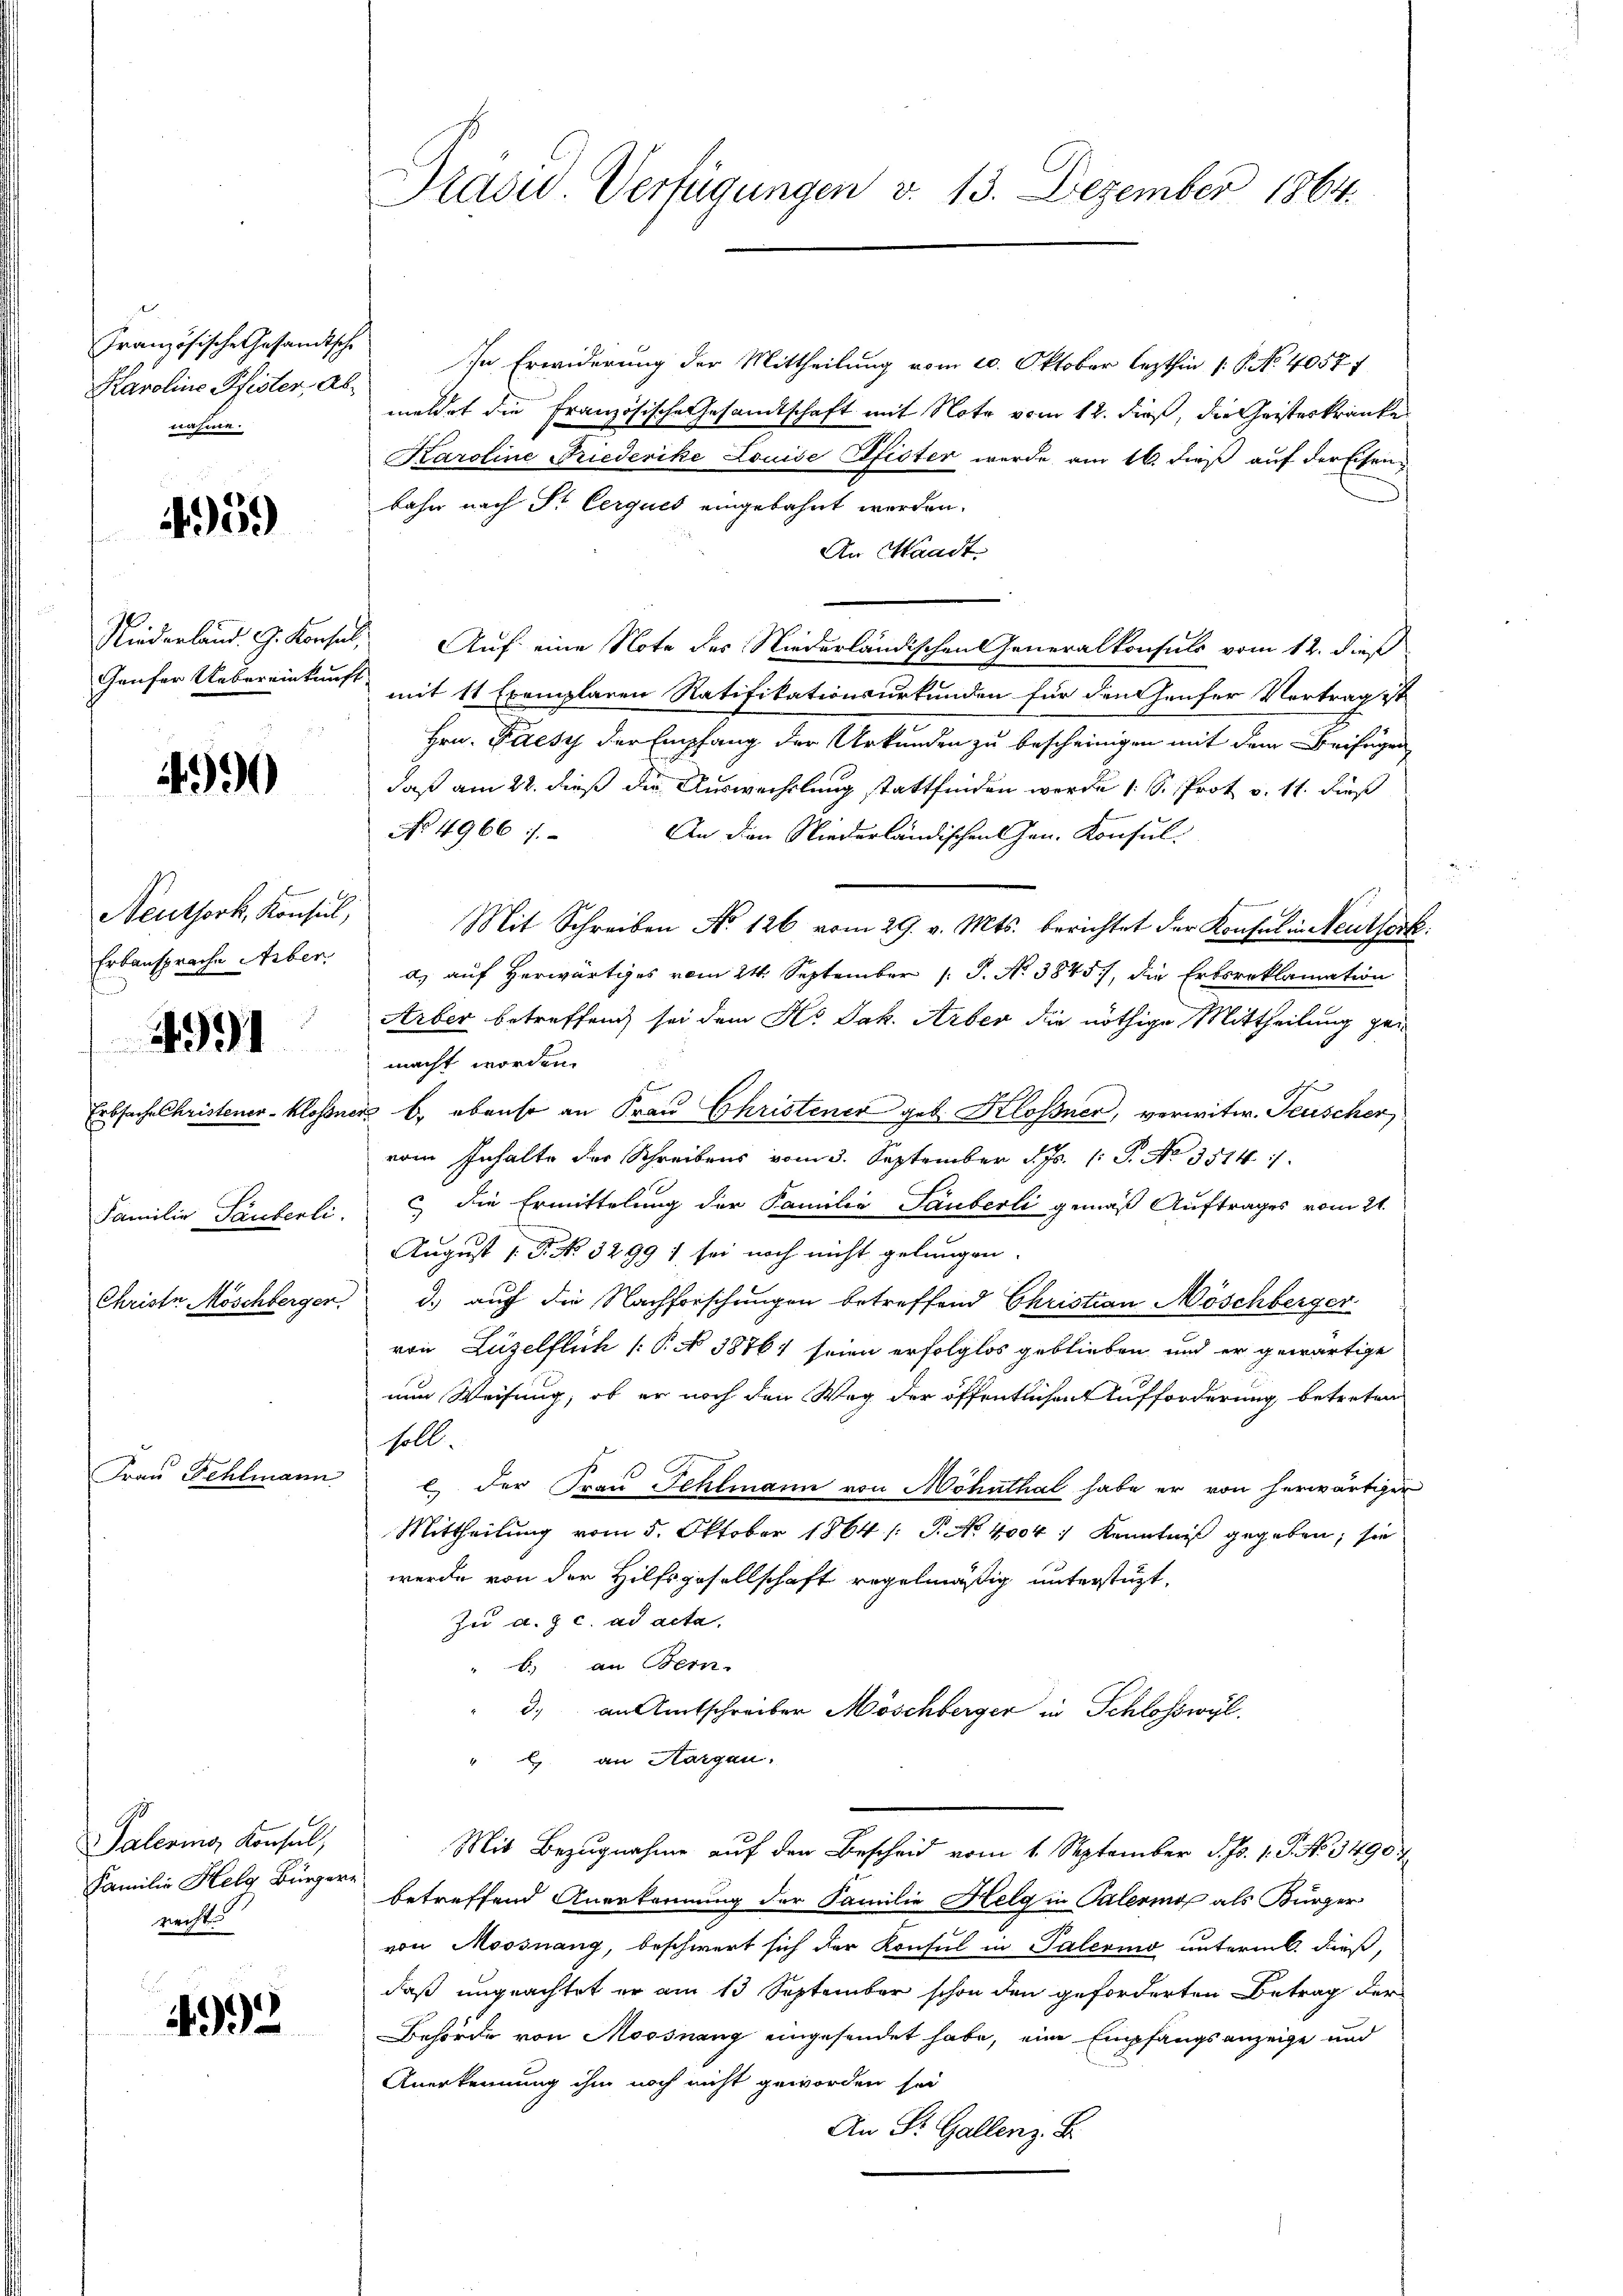
Französische Gesandtsche
Karoline Pfister, Abnähme.

959)

Niederland. G. Konsul,
Haufer Uebereinkunft

1990

Neuthork, Konsul,
Erbansprache Aeber.
Erbsache Christener Klosse
Familie Tauberli
Christe Möschberger

991

Frau Fehlmann

Palering Konsul,
Familie Helg Bürgere
necht.

.
4992

Präsid. Verfügungen v. 13. Dezember 1864.

In Erwiderung der Mittheilung vom 20. Oktober lezthin 1. P. N. 40577
meldet die Französische Gesandtschaft mit Note vom 12. dieß, die Geisteskranke
Karoline Friederike Louise Pfister wurde am 16. dieß auf der Eisenbahn nach St. Cerques eingebahnt worden.
An Waadt
Auf eine Note des Niederländischen Generalkonsuls vom 12. dieß
mit 11 Exemplaren Ratifikationsurkunden für den Haufer Vortrag ist
Hrn. Fuesy der Empfang der Urkunden zu bescheinigen mit dem Beifügen
daß am 22. dieß die Auswechslung stattfinden werden 1 S. Prot. d. 11. Fuß
No 4966/
An den Niederländischen Gen. Konsul-
Mit Schreiben No 126 vom 29. v. Mts. berichtet der Konsul in Neuthork
a) auf Herwärtiges vom 24. September 1 P. No 3845), die Erbsreklamation
Arber betreffend sei dem Hs. Jak. Arber die nöthige Mittheilung gemacht worden.
 b.) ebenso an Frau Christenen geb. Klossner, verwitw. Teuscher
vom Inhalte der Schreibens vom 3. September d. Js. (: P. No. 3514/
c die Ermittelung der Familie Tauberli gemäß Auftrages vom 21.
August 1 Fr. No. 32997 sei noch nicht gelungen.
d.) auch die Nachforschungen betreffend Christian Möschberger
von Luzelflich P. N. 3876; seien erfolglos geblieben und er gewärtige
nun Weisung, ob er noch den Weg der öffentlichen Aufforderung betreten
soll.
.
l der Frau Fehlmann von Möhnthal habe er von herwärtiger
Mittheilung vom 5. Oktober 1864 /: P. No 4004: Kenntniß gegeben; sie
werde von der Hilfsgesellschaft regelmäßig unterstüzt,
Zu a. c. ad acta.
 b) an Bern.
3) an Amtschreiber Möschberger in Schloßwyl,
" an Horgen.
Mit Bezugnahme auf den Bescheid vom 1. September d. Js. 1. P. No. 3490.
betreffend Anerkennung der Familie Helg in Palermo als Bürger
von Moosnang, beschwert sich der Konsul in Palerino unterm. dieß,
daß ungeachtet er am 13 September schon den geforderten Betrag der
Behörde von Moosnang eingesendet habe, eine Empfangsanzeige und
Anerkennung ihm noch nicht geworden sei
An St. Gallenz. B.